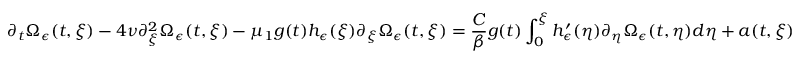
\partial _ { t } \Omega _ { \epsilon } ( t , \xi ) - 4 \nu \partial _ { \xi } ^ { 2 } \Omega _ { \epsilon } ( t , \xi ) - \mu _ { 1 } g ( t ) h _ { \epsilon } ( \xi ) \partial _ { \xi } \Omega _ { \epsilon } ( t , \xi ) = \frac { C } { \beta } g ( t ) \int _ { 0 } ^ { \xi } h _ { \epsilon } ^ { \prime } ( \eta ) \partial _ { \eta } \Omega _ { \epsilon } ( t , \eta ) d \eta + a ( t , \xi )